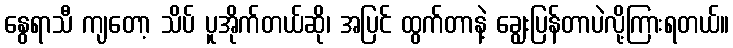
နွေရာသီ ကျတော့ သိပ် ပူအိုက်တယ်ဆို၊ အပြင် ထွက်တာနဲ့ ချွေးပြန်တာပဲလို့ကြားရတယ်။